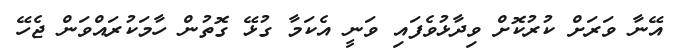
އޭނާ ވަރަށް ކުރުކޮށް ވިދާޅުވެފައި ވަނީ އެކަމާ ގުޅޭ ގޮތުން ހާމަކުރައްވަން ޖެހޭ